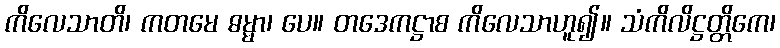
ကိလေသာတိ၊ ကတမေ ဓမ္မာ၊ ပေ။ တဒေကဋ္ဌာစ ကိလေသာဟူ၍။ သံကိလိဋ္ဌတ္တိကေ၊